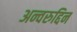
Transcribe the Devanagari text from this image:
अन्वरुद्दिन